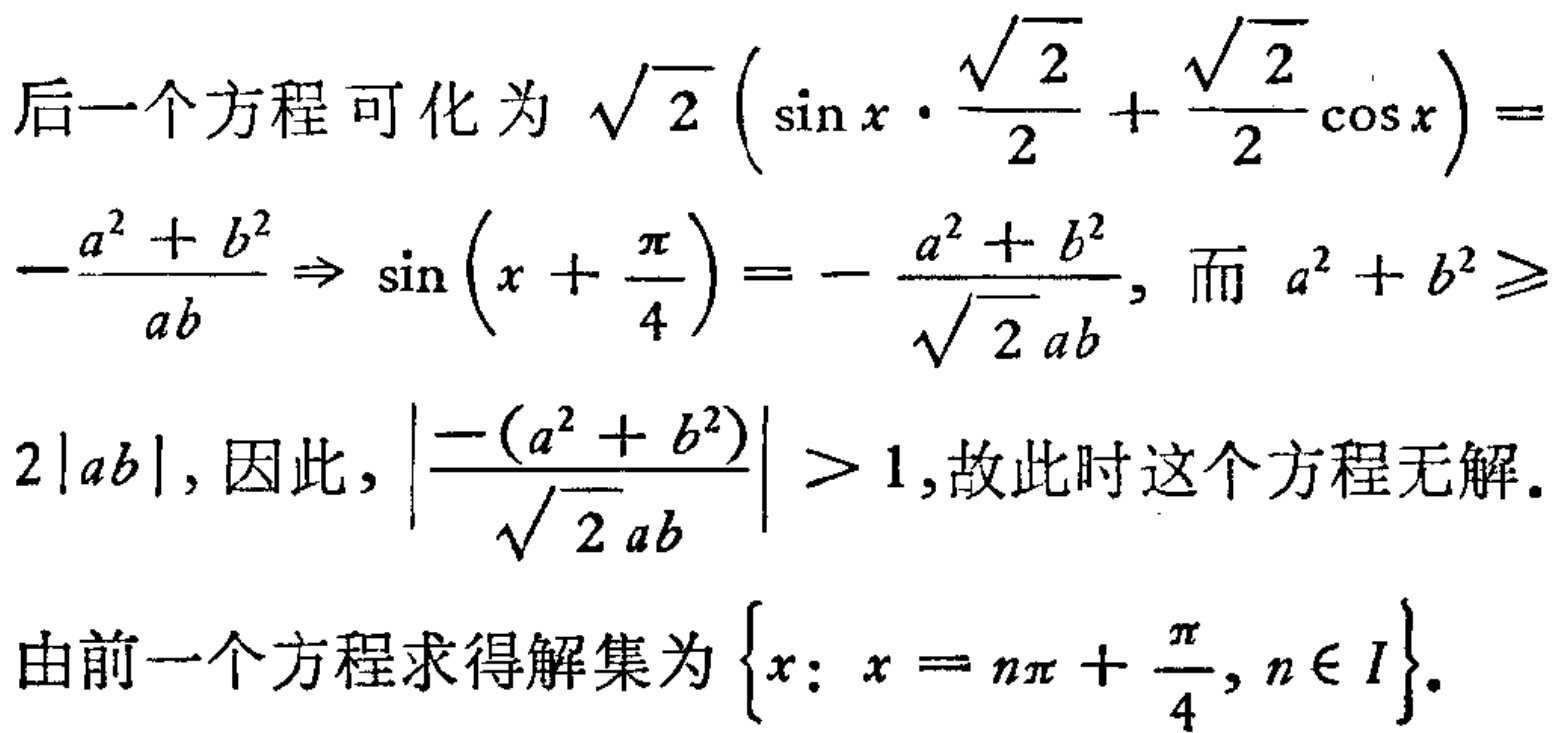
后一个方程可化为 \(\sqrt{2}\left(\sin x\cdot\frac{\sqrt{2}}{2}+\frac{\sqrt{2}}{2}\cos x\right)=-\frac{a^{2}+b^{2}}{ab}\Rightarrow\sin\left(x + \frac{\pi}{4}\right)=-\frac{a^{2}+b^{2}}{\sqrt{2}ab}\)，而 \(a^{2}+b^{2}\geqslant2|ab|\)，因此，\(\left|\frac{-(a^{2}+b^{2})}{\sqrt{2}ab}\right|>1\)，故此时这个方程无解。

由前一个方程求得解集为 \(\left\{x: x = n\pi+\frac{\pi}{4}, n\in I\right\}\)。